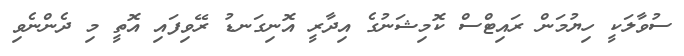
ސުވާލަކީ ހިޔުމަން ރައިޓްސް ކޮމިޝަނުގެ އިދާރީ އޮނިގަނޑު ރޭވިފައި އޮތީ މި ދެންނެވި